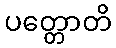
ပတ္တောတိ